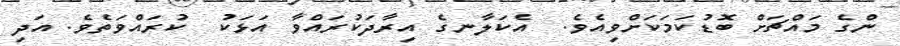
ންގެ މައްޗަށް ބޮޑުކަމަކަށްވިއެވެ.  އެކަލާނގެ އިރާދަކުރައްވާ އަޅަކު  ކުރައްވަތެވެ. އަދި